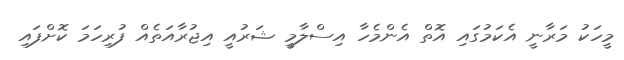
މީހަކު މަރާނީ އެކަމުގައި އޮތް އެންމެހާ އިސްލާމީ ޝަރުއީ އިޖުރާއަތެއް ފުރިހަމަ ކޮށްފައި